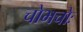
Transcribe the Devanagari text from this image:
चोभचोः